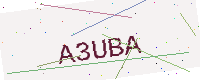
Text: A3UBA